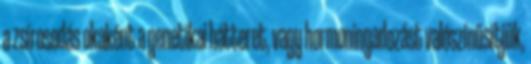
a zsírosodás okaként a genetikai hátteret, vagy hormoningadozást valószínűsítjük,